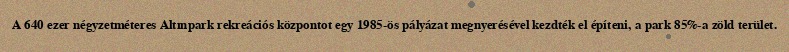
A 640 ezer négyzetméteres Altınpark rekreációs központot egy 1985-ös pályázat megnyerésével kezdték el építeni, a park 85%-a zöld terület.